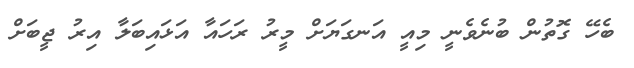
ބެހޭ ގޮތުން ބުނެވެނީ މިއީ އަނގަޔަށް މީރު ރަހައާ އަޅައިބަލާ އިރު ޖީބަށް